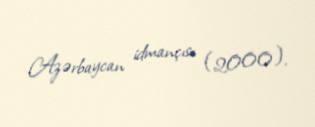
Azərbaycan idmançısı (2000).